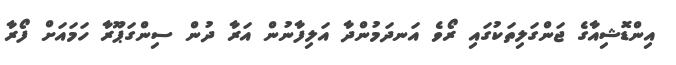
އިންޑޮޝިއާގެ ޖަންގަލިތަކުގައި ރޯވެ އަނދަމުންދާ އަލިފާނުން އަރާ ދުން ސިންގަޕޫރާ ހަމައަށް ފޯރާ